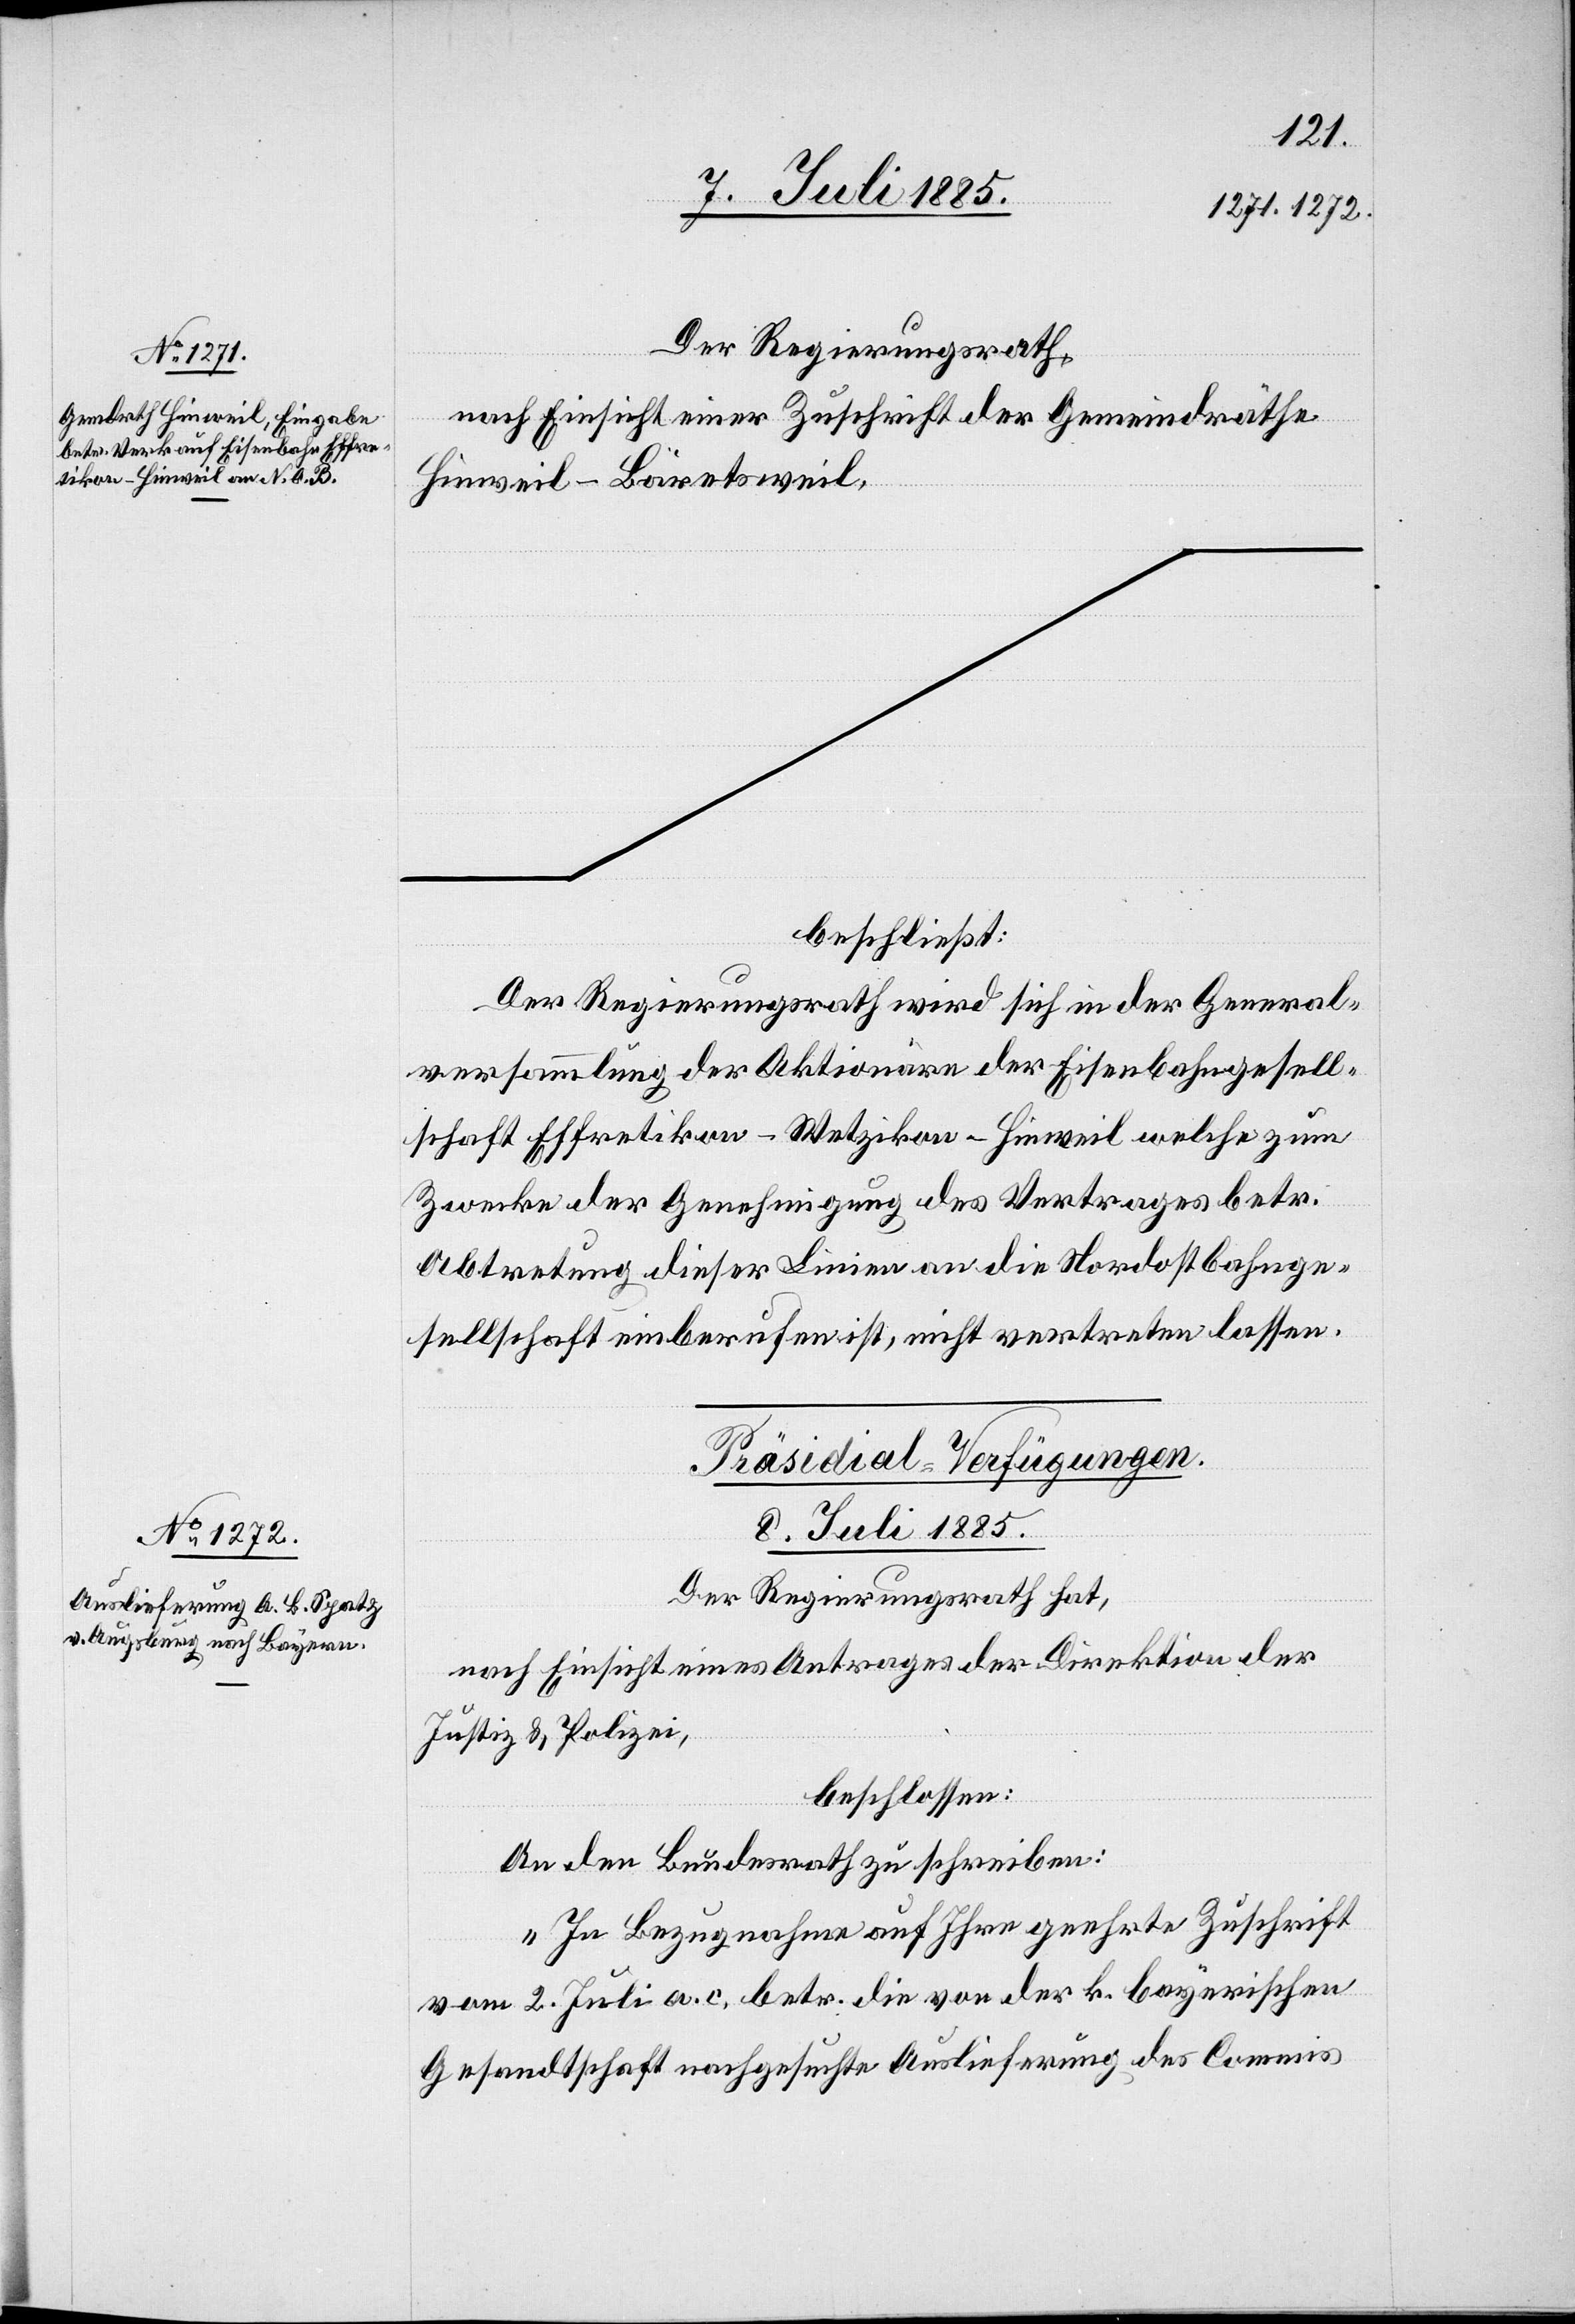
Der Regierungsrath,
nach Einsicht einer Zuschrift der Gemeindräthe
Hinweil–Bäretsweil,
beschließt:
Der Regierungsrath wird sich in der General¬
versammlung der Aktionäre der Eisenbahngesell¬
schaft Effretikon–Wetzikon–Hinweil welche zum
Zwecke der Genehmigung des Vertrages betr.
Abtretung dieser Linie an die Nordostbahnge¬
sellschaft einberufen ist, nicht vertreten lassen.
Präsidial-Verfügungen.
8. Juli 1885.
Der Regierungsrath hat,
nach Einsicht eines Antrages der Direktion der
Justiz & Polizei,
beschlossen:
An den Bundesrath zu schreiben:
„In Bezugnahme auf Ihre geehrte Zuschrift
vom 2. Juli a. c. betr. die von der k. bayerischen
Gesandtschaft nachgesuchte Auslieferung des Commis